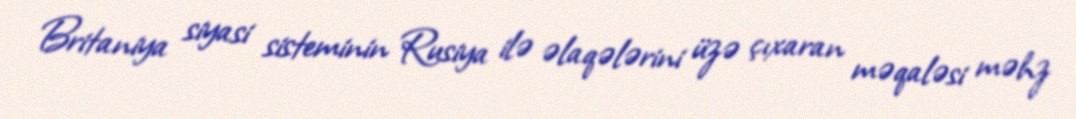
Britaniya siyasi sisteminin Rusiya ilə əlaqələrini üzə çıxaran məqaləsi məhz